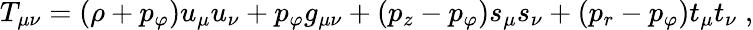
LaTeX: T_{\mu\nu}=(\rho+p_{\varphi})u_{\mu}u_{\nu}+p_{\varphi}g_{\mu\nu}+(p_{z}-p_{\varphi})s_{\mu}s_{\nu}+(p_{r}-p_{\varphi})t_{\mu}t_{\nu}\; ,